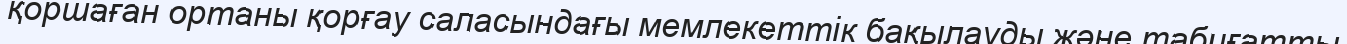
қоршаған ортаны қорғау саласындағы мемлекеттік бақылауды және табиғатты